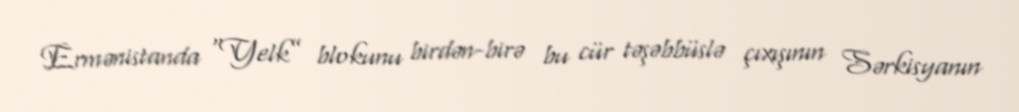
Ermənistanda “Yelk” blokunu birdən-birə bu cür təşəbbüslə çıxışının Sərkisyanın